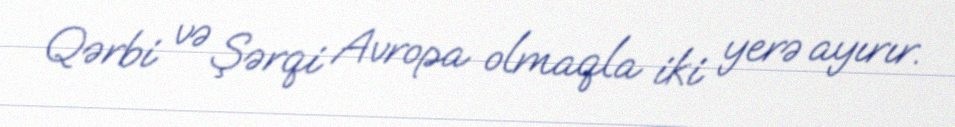
Qərbi və Şərqi Avropa olmaqla iki yerə ayırır.